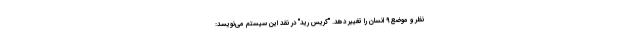
نظر و موضع 9 انسان را تغییر دهد. "کریس رید" در نقد این سیستم می‌نویسد: